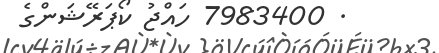
. 7983400 ހައްޖު ކޯޕަރޭޝަންގެ